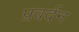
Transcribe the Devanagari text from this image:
प्रवर्दन